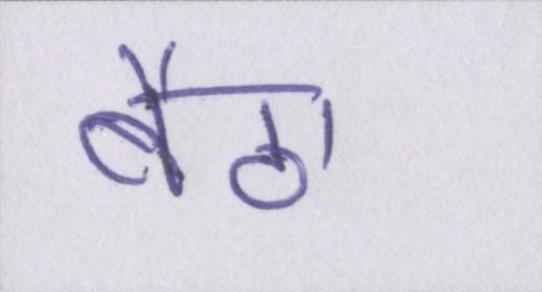
बैठा